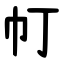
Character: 帄